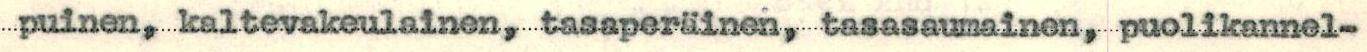
puinen, kaltevakeulainen, tasaperäinen, tasasaumainen, puolikannel-